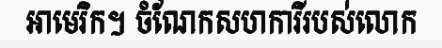
អាមេរិក។ ចំណែកសហការីរបស់លោក